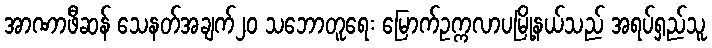
အာဏာဖီဆန် သေနတ်အချက်၂၀ သဘောတူရေး မြောက်ဥက္ကလာပမြို့နယ်သည် အရပ်ရှည်သူ